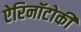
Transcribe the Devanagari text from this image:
ऐरिनॉटोकी